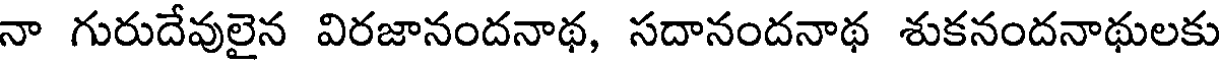
నా గురుదేవులైన విరజానందనాథ, సదానందనాథ శుకనందనాథులకు